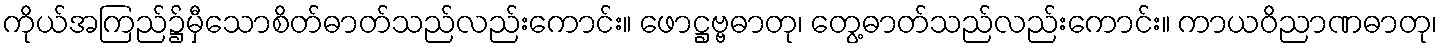
ကိုယ်အကြည်၌မှီသောစိတ်ဓာတ်သည်လည်းကောင်း။ ဖောဋ္ဌဗ္ဗဓာတု၊ တွေ့ဓာတ်သည်လည်းကောင်း။ ကာယဝိညာဏဓာတု၊